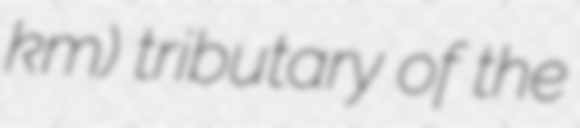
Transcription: km) tributary of the